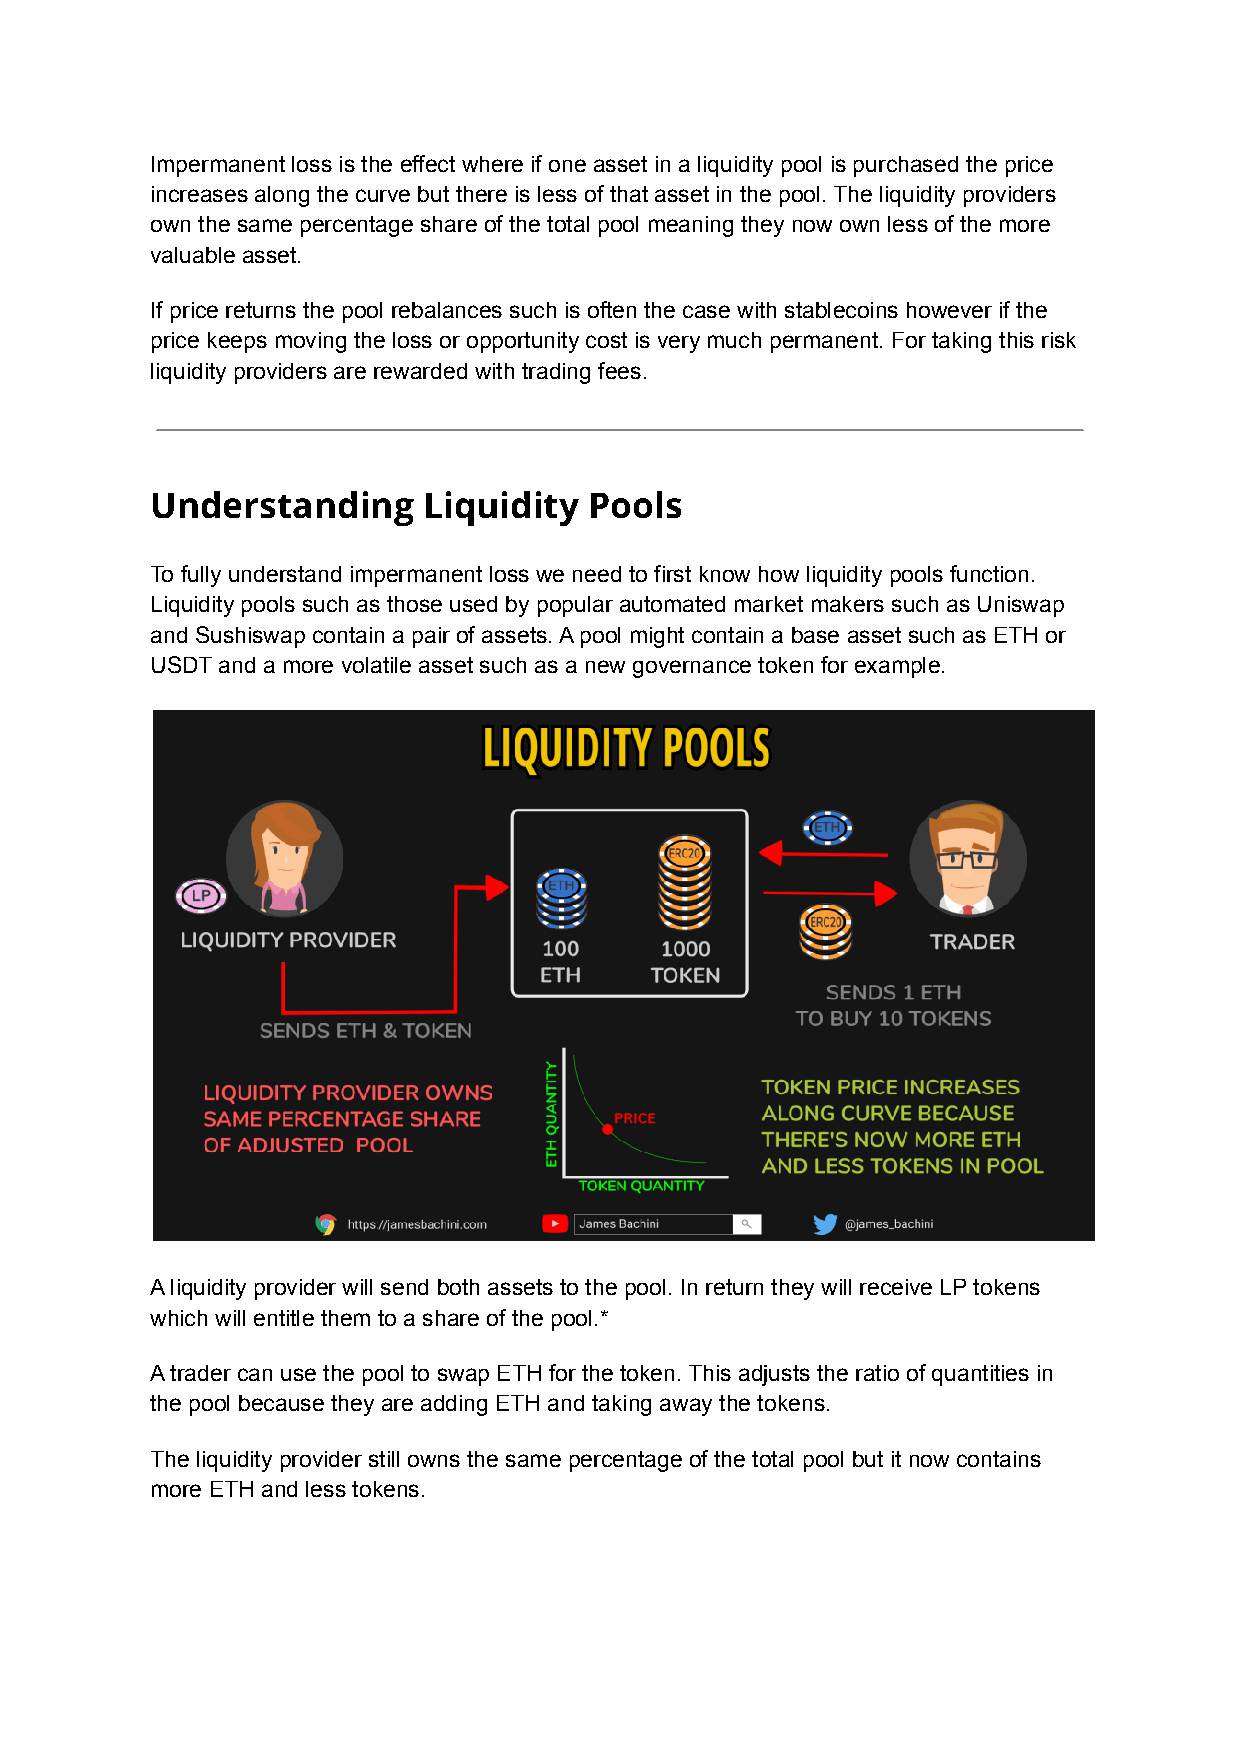
Impermanent loss is the effect where if one asset in a liquidity pool is purchased the price
 increases along the curve but there is less of that asset in the pool. The liquidity providers
 own the same percentage share of the total pool meaning they now own less of the more
 valuable asset.
 If price returns the pool rebalances such is often the case with stablecoins however if the
 price keeps moving the loss or opportunity cost is very much permanent. For taking this risk
 liquidity providers are rewarded with trading fees.
 Understanding     Liquidity  Pools
 To fully understand impermanent loss we need to first know how liquidity pools function.
 Liquidity pools such as those used by popular automated market makers such as Uniswap
 and Sushiswap contain a pair of assets. A pool might contain a base asset such as ETH or
 USDT and a more volatile asset such as a new governance token for example.
 A liquidity provider will send both assets to the pool. In return they will receive LP tokens
 which will entitle them to a share of the pool.*
 A trader can use the pool to swap ETH for the token. This adjusts the ratio of quantities in
 the pool because they are adding ETH and taking away the tokens.
 The liquidity provider still owns the same percentage of the total pool but it now contains
 more ETH and less tokens.